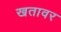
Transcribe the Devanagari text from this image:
खतावर